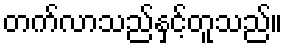
တက်လာသည်နှင့်တူသည်။